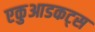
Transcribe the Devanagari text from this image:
एकुआडकट्स